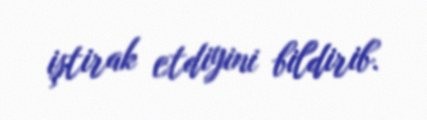
iştirak etdiyini bildirib.